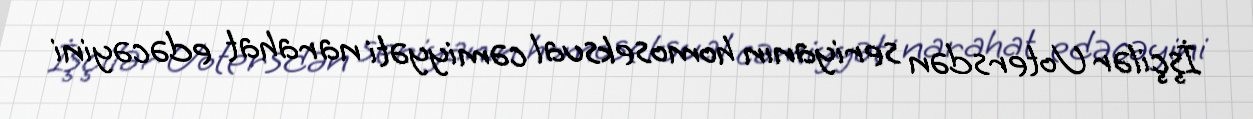
İşçilər Uotersdən seriyanın homoseksual cəmiyyəti narahat edəcəyini